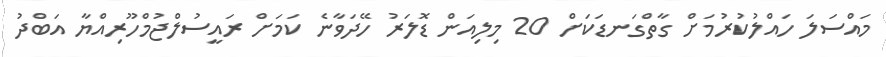
މައްސަލަ ހައްލުކުރުމަށް ގާތްގަނޑަކަށް 20 މިލިއަން ޑޮލަރު ހޭދަވާނެ ކަމަށް ރައީސުލްޖުމްހޫރިއްޔާ އަބްދު